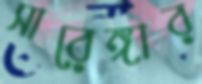
সারেঙ্গার